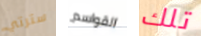
سترتي القواسم تلك